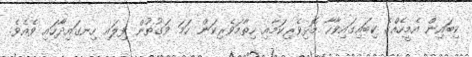
ކިބައިން އެމީހެއްގެ ކިބައިގައިވާހާ މޮޅިވެރިކަމާއި ހިތާމަވެރިކަން ހަމަ ވަގުތުން ފިލައި ހިނގައިދާހައި ވެއެވެ.